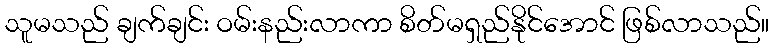
သူမသည် ချက်ချင်း ဝမ်းနည်းလာကာ စိတ်မရှည်နိုင်အောင် ဖြစ်လာသည်။